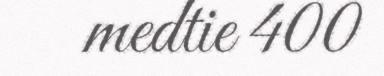
medtie 400